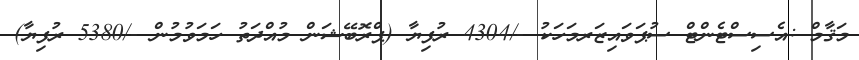
މަޤާމް :އެސިސްޓެންޓް ސުޕަވައިޒަރމަހަކު -/4304 ރުފިޔާ (ޕްރޮބޭޝަން މުއްދަތު ހަމަވުމުން -/5380 ރުފިޔާ)